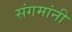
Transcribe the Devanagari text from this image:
संगमांनी